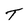
Character: T